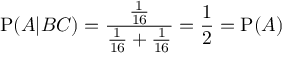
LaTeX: \mathrm { P } ( A | B C ) = { \frac { \frac { 1 } { 1 6 } } { { \frac { 1 } { 1 6 } } + { \frac { 1 } { 1 6 } } } } = { \frac { 1 } { 2 } } = \mathrm { P } ( A )